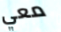
معي